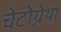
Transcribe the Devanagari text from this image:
चेटोग्नेथा